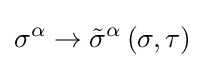
\sigma ^{\alpha }\rightarrow {\tilde {\sigma }}^{\alpha }\left(\sigma ,\tau \right)